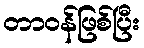
တာဝန်ဖြစ်ပြီး